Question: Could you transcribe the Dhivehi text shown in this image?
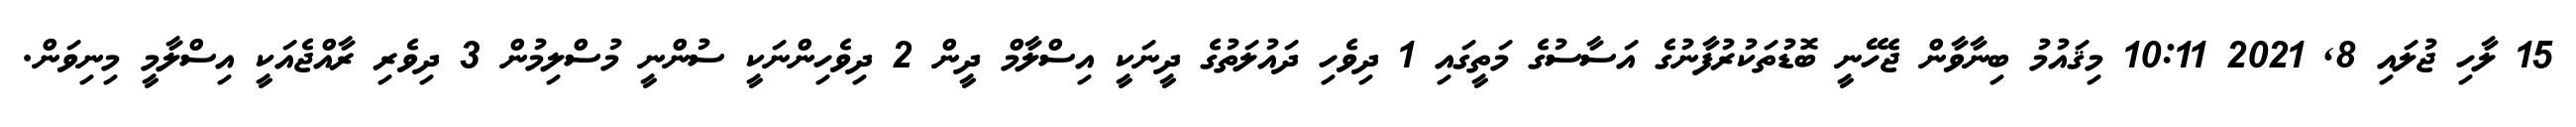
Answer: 15 ލާހި ޖުލައި 8, 2021 10:11 މިޤައުމު ބިނާވާން ޖެހޭނީ ބޮޑުތަކުރުފާނުގެ އަސާސުގެ މަތީގައި 1 ދިވެހި ދައުލަތުގެ ދީނަކީ އިސްލާމް ދީން 2 ދިވެހިންނަކީ ސުންނީ މުސްލިމުން 3 ދިވެރި ރާއްޖެއަކީ އިސްލާމީ މިނިވަން.